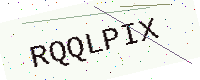
Text: RQQLPIX